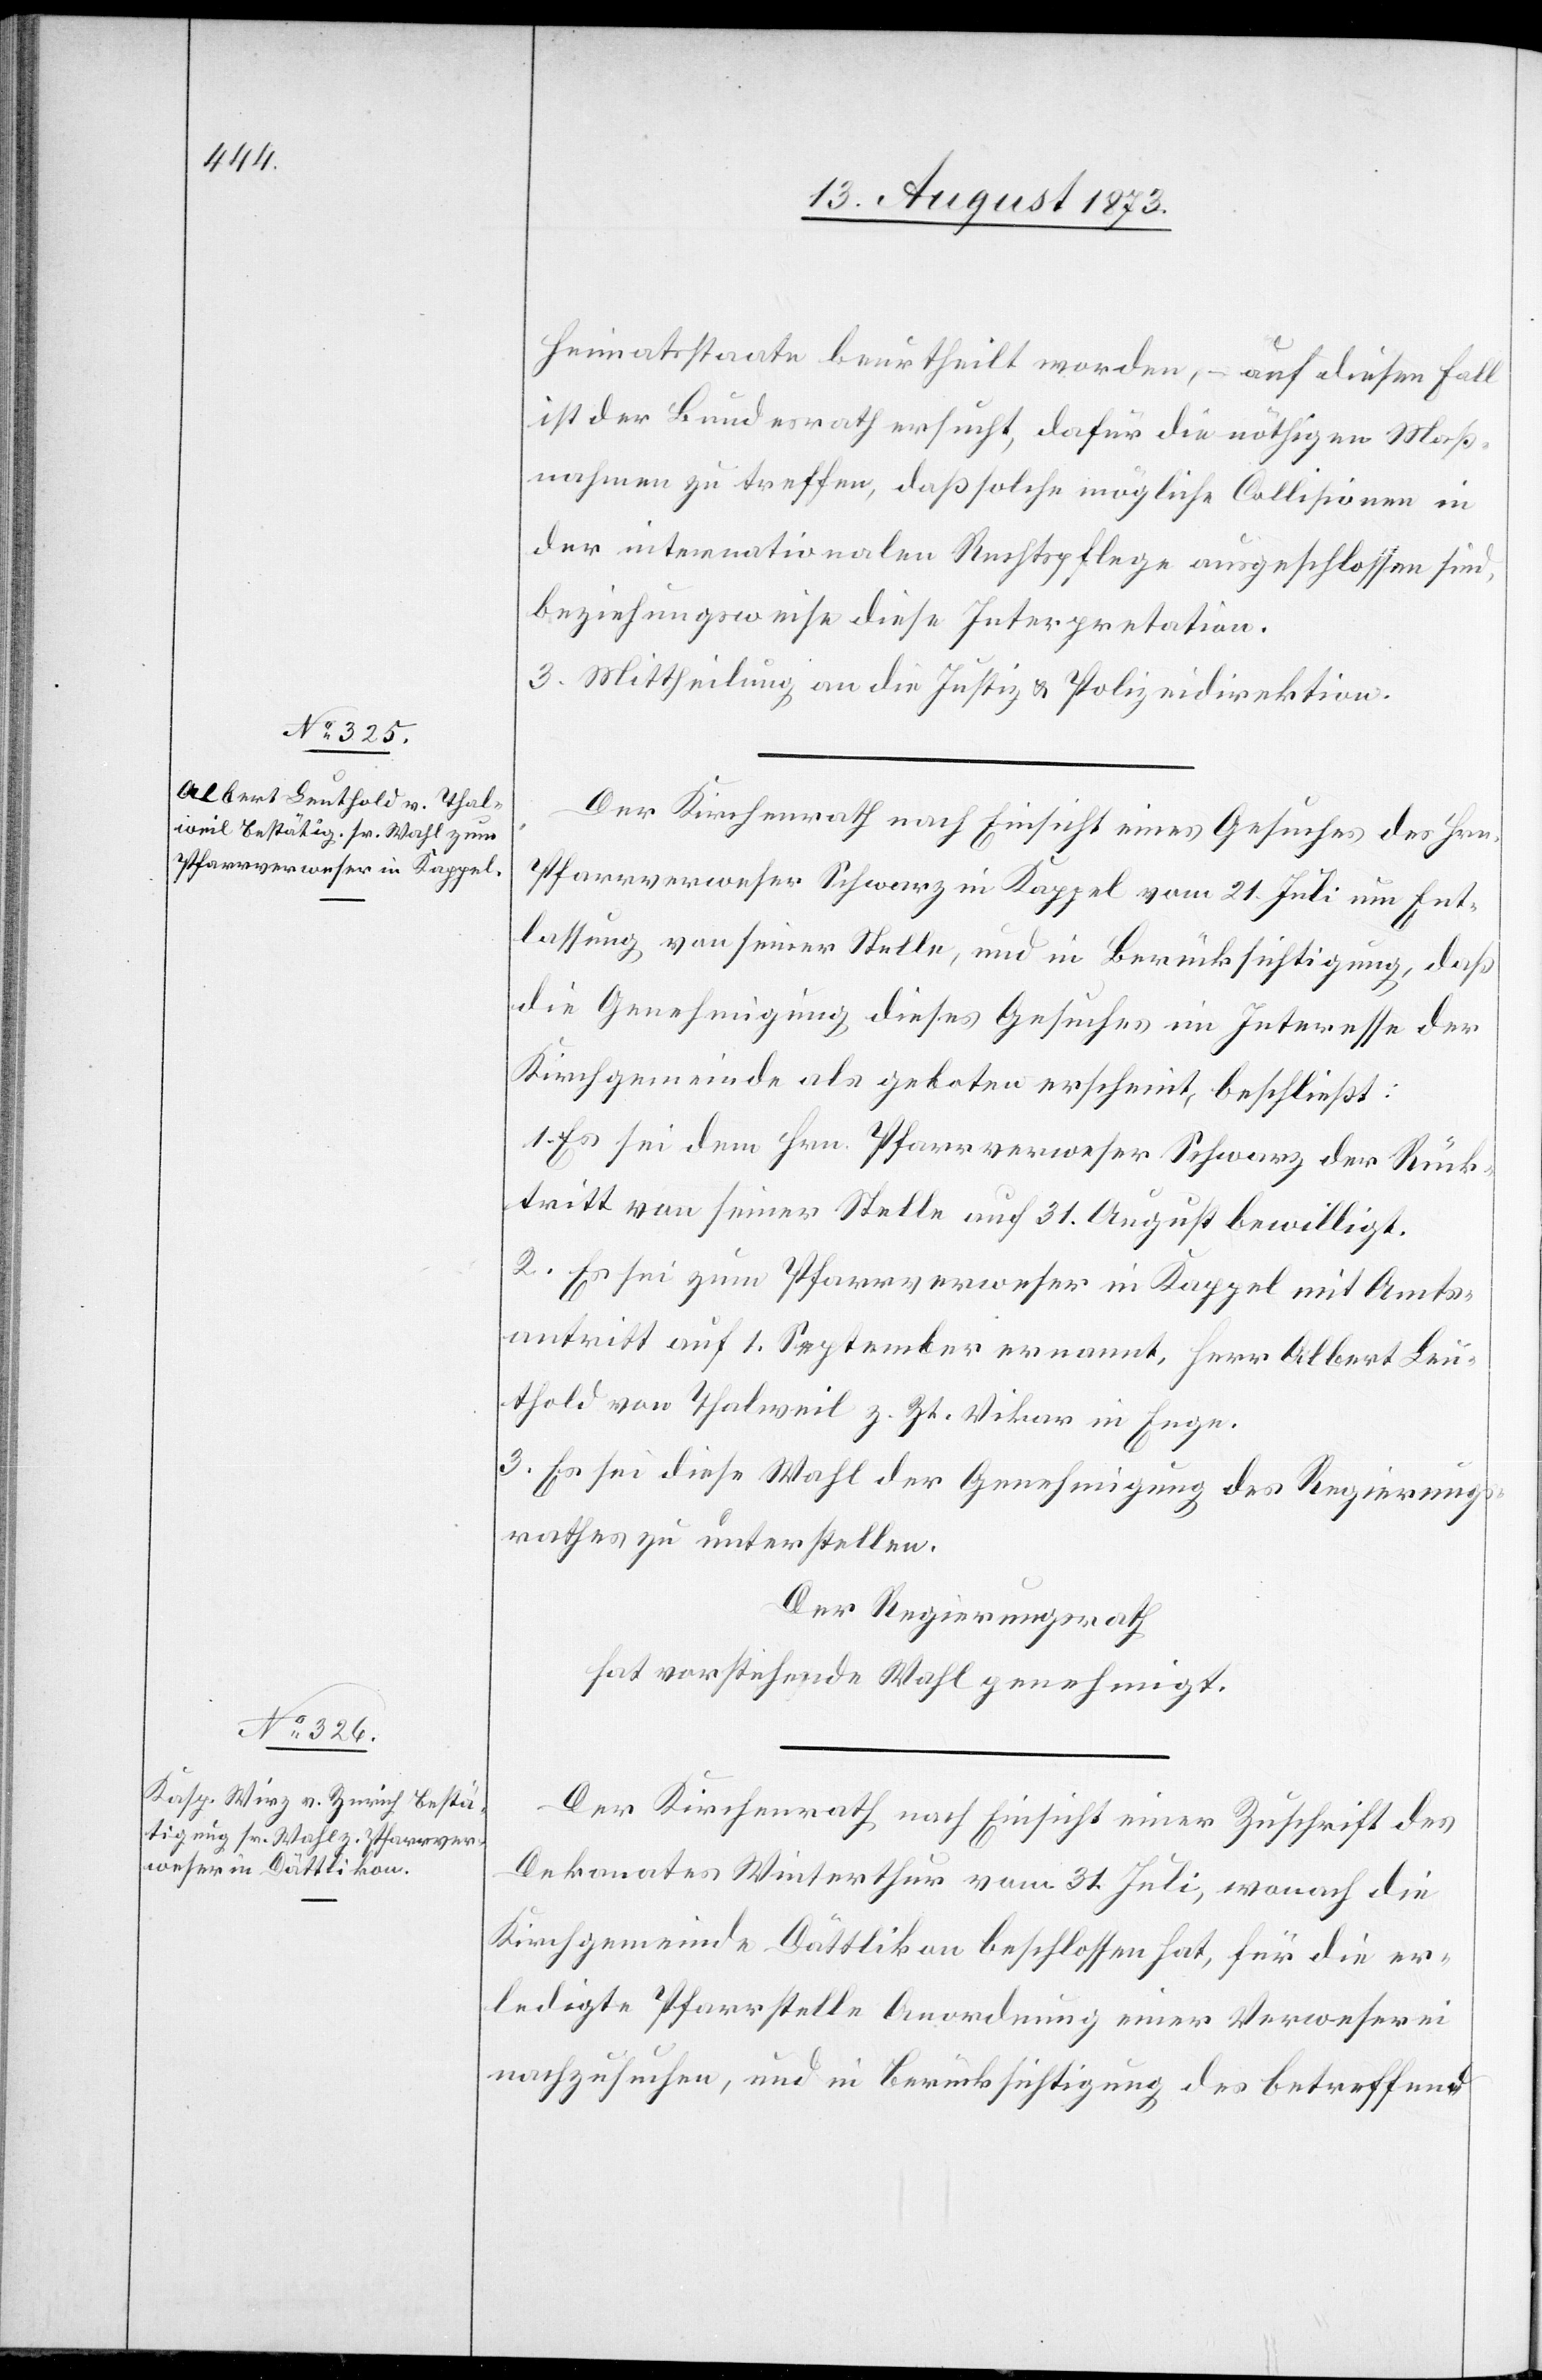
Heimatsstaate beurtheilt worden, – auf diesen Fall
ist der Bundesrath ersucht, dafür die nöthigen Maß¬
nahmen zu treffen, daß solche mögliche Collisionen in
der internationalen Rechtspflege ausgeschlossen sind,
beziehungsweise diese Interpretation.
3. Mittheilung an die Justiz & Polizeidirektion.
Der Kirchenrath nach Einsicht eines Gesuches des Hrn.
Pfarrverweser Schwarz in Kappel vom 21. Juli um Ent¬
lassung von seiner Stelle, und in Berücksichtigung, daß
die Genehmigung dieses Gesuches im Interesse der
Kirchgemeinde als geboten erscheint, beschließt:
1. Es sei dem Hrn. Pfarrverweser Schwarz der Rück¬
tritt von seiner Stelle auf 31. August bewilligt.
2. Es sei zum Pfarrverweser in Kappel mit Amts¬
antritt auf 1. September ernannt, Herr Albert Leu¬
thold von Thalweil z. Zt. Vikar in Enge.
3. Es sei diese Wahl der Genehmigung des Regierungs¬
rathes zu unterstellen.
Der Regierungsrath
vorstehende Wahl genehmigt.
Der Kirchenrath nach Einsicht einer Zuschrift des
Dekanates Winterthur vom 31. Juli, wonach die
Kirchgemeinde Dättlikon beschlossen hat, für die er¬
ledigte Pfarrstelle Anordnung einer Verweserei
nachzusuchen, und in Berücksichtigung des betreffend